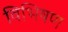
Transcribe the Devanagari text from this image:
विभिषण